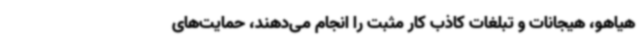
هیاهو، هیجانات و تبلغات کاذب کار مثبت را انجام می‌دهند، حمایت‌های